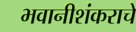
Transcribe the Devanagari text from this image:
भवानीशंकराचे